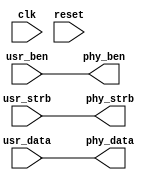
module qdrc_wr(
    clk,
    reset,

    usr_strb,
    usr_data,
    usr_ben,
    phy_strb,
    phy_data,
    phy_ben
  );

  parameter DATA_WIDTH = 18;
  parameter BW_WIDTH   = 2;
  parameter ADDR_WIDTH = 21;
  input  clk, reset;

  input  usr_strb;
  input  [2*DATA_WIDTH - 1:0] usr_data;
  input    [2*BW_WIDTH - 1:0] usr_ben;

  output phy_strb;
  output [2*DATA_WIDTH - 1:0] phy_data;
  output   [2*BW_WIDTH - 1:0] phy_ben;

  assign phy_strb = usr_strb;
  assign phy_data = usr_data;
  assign phy_ben  = usr_ben;

endmodule